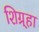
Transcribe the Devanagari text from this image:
शिग्र्हा